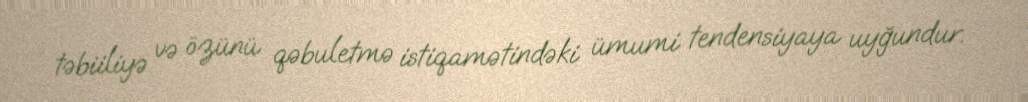
təbiiliyə və özünü qəbuletmə istiqamətindəki ümumi tendensiyaya uyğundur.